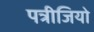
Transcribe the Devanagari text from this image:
पत्रीजियो